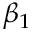
\beta _ { 1 }